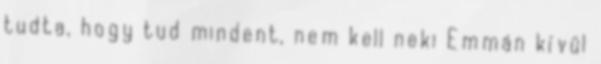
tudta, hogy tud mindent, nem kell neki Emmán kívül